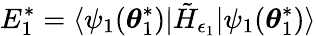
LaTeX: E_{1}^{*}=\langle\psi_{1}(\boldsymbol{\theta}_{1}^{*})|\tilde{H}_{\epsilon_{1}}|\psi_{1}(\boldsymbol{\theta}_{1}^{*})\rangle